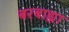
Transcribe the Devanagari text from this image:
बरबाह्या